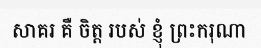
សាគរ គឺ ចិត្ត របស់ ខ្ញុំ ព្រះករុណា